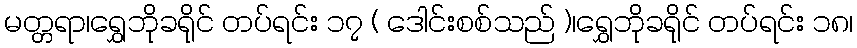
မတ္တရာ၊ရွှေဘိုခရိုင် တပ်ရင်း ၁၇ ( ဒေါင်းစစ်သည် )၊ရွှေဘိုခရိုင် တပ်ရင်း ၁၈၊